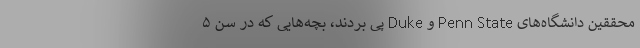
محققین دانشگاه‌های Penn State و Duke پی بردند، بچه‌هایی که در سن ۵